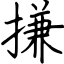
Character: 搛